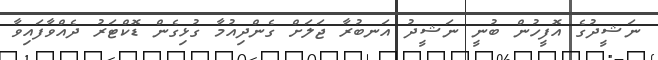
ނަޝީދުގެ އޮފީހުން ބުނީ ނަޝީދު އަނބުރާ ޖަލަށް ގެންދިއުމާ ގުޅިގެން ޑޮކްޓަރު ދެއްވާފައިވާ